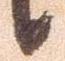
候